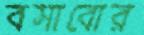
বসাবোর